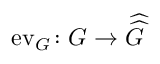
\operatorname { e v } _ { G } \colon G \to { \widehat { \widehat { G } } }